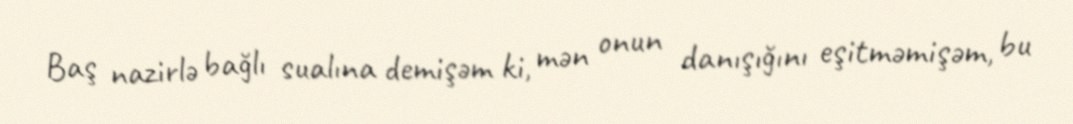
Baş nazirlə bağlı sualına demişəm ki, mən onun danışığını eşitməmişəm, bu